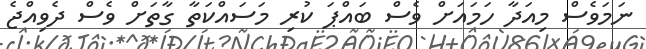
ނަމަވެސް މިއަދާ ހަމައަށް ވެސް ބައްޕަ ކުރި މަސައްކަތާ ގާތަށް ވެސް ދެވިއްޖެ